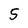
Character: 5